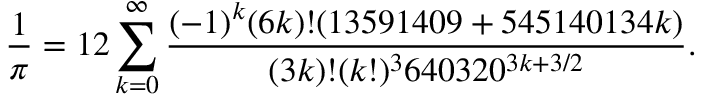
{ \frac { 1 } { \pi } } = 1 2 \sum _ { k = 0 } ^ { \infty } { \frac { ( - 1 ) ^ { k } ( 6 k ) ! ( 1 3 5 9 1 4 0 9 + 5 4 5 1 4 0 1 3 4 k ) } { ( 3 k ) ! ( k ! ) ^ { 3 } 6 4 0 3 2 0 ^ { 3 k + 3 / 2 } } } .